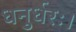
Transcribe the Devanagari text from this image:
धनुर्धरः।